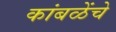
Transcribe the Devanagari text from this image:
कांबळेंचे